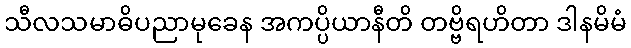
သီလသမာဓိပညာမုခေန အကပ္ပိယာနီတိ တဗ္ဗိရဟိတာ ဒါနမိမံ